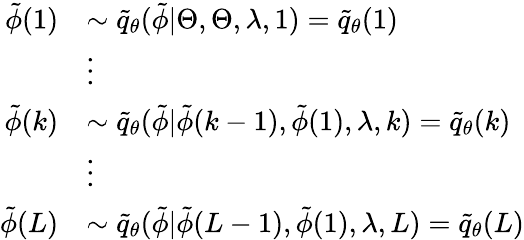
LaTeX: \begin{array}{rl}{\tilde{\phi}(1)}&{\sim\tilde{q}_{\theta}(\tilde{\phi}|\Theta,\Theta,\lambda,1)=\tilde{q}_{\theta}(1)}\\ &{\vdots}\\ {\tilde{\phi}(k)}&{\sim\tilde{q}_{\theta}(\tilde{\phi}|\tilde{\phi}(k-1),\tilde{\phi}(1),\lambda,k)=\tilde{q}_{\theta}(k)}\\ &{\vdots}\\ {\tilde{\phi}(L)}&{\sim\tilde{q}_{\theta}(\tilde{\phi}|\tilde{\phi}(L-1),\tilde{\phi}(1),\lambda,L)=\tilde{q}_{\theta}(L)}\end{array}